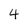
Character: 4